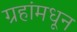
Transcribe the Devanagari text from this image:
ग्रहांमधून